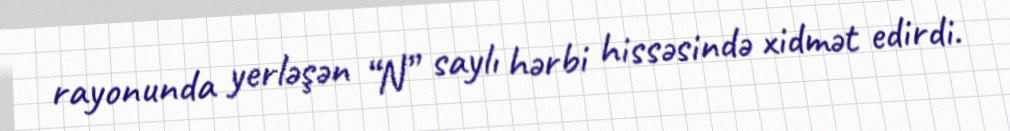
rayonunda yerləşən “N” saylı hərbi hissəsində xidmət edirdi.